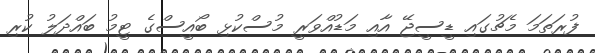
ފުރަތަމަ މެޗުގައި ޑީސީޖޭ އާއި މަޑުއްވަރީ މުސްކުޅި ބޯއީސްގެ ޓީމު ބައްދަލު ކުރި